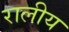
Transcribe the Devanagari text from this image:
रालीय